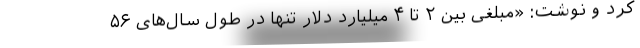
کرد و نوشت: «مبلغی بین ۲ تا ۴ میلیارد دلار تنها در طول سال‌های ۵۶